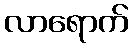
လာရောက်